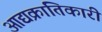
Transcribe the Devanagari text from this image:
आद्यक्रांतिकारी